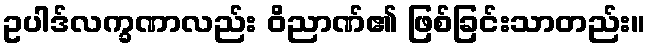
ဥပါဒ်လက္ခဏာလည်း ဝိညာဏ်၏ ဖြစ်ခြင်းသာတည်း။